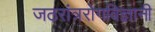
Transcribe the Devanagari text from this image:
जठरांत्ररोगविज्ञानी